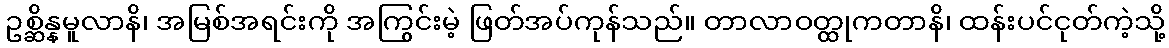
ဥစ္ဆိန္နမူလာနိ၊ အမြစ်အရင်းကို အကြွင်းမဲ့ ဖြတ်အပ်ကုန်သည်။ တာလာဝတ္ထုကတာနိ၊ ထန်းပင်ငုတ်ကဲ့သို့